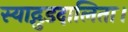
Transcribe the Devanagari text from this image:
स्याद्गुडदालिता।